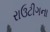
રાઉટીગના